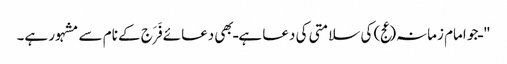
" ـ جو امام زمانہ(عج) کی سلامتی کی دعا ہے ـ بھی دعائے فَرَج کے نام سے مشہور ہے۔